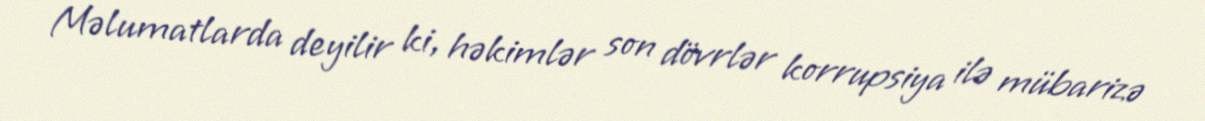
Məlumatlarda deyilir ki, həkimlər son dövrlər korrupsiya ilə mübarizə